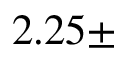
2 . 2 5 \pm